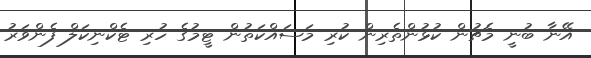
އޭނާ ބުނީ މެޗުން ކުޅުންތެރިން ކުރި މަސައްކަތުން ޓީމުގެ ހުރި ޓެކްނިކަލް ފެންވަރު